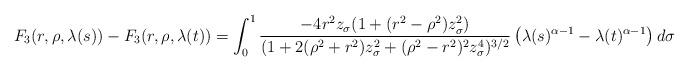
LaTeX: \begin{align*} F_{3}(r,\rho,\lambda(s))-F_{3}(r,\rho,\lambda(t)) = \int_{0}^{1} \frac{-4 r^{2} z_{\sigma} (1+(r^{2}-\rho^{2})z_{\sigma}^{2})}{(1+2(\rho^{2}+r^{2})z_{\sigma}^{2}+(\rho^{2}-r^{2})^{2}z_{\sigma}^{4})^{3/2}}\left(\lambda(s)^{\alpha-1}-\lambda(t)^{\alpha-1}\right) d\sigma\end{align*}